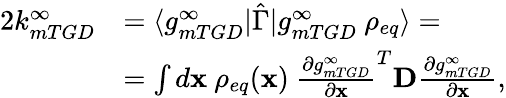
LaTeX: \begin{array}{rl}{2k_{mTGD}^{\infty}}&{=\langle g_{mTGD}^{\infty}\rvert\hat{\Gamma}\lvert g_{mTGD}^{\infty}\ \rho_{eq}\rangle=}\\ &{=\int d\mathbf{x}\ \rho_{eq}(\mathbf{x})\ \frac{\partial g_{mTGD}^{\infty}}{\partial\mathbf{x}}^{T}\mathbf{D}\frac{\partial g_{mTGD}^{\infty}}{\partial\mathbf{x}},}\end{array}